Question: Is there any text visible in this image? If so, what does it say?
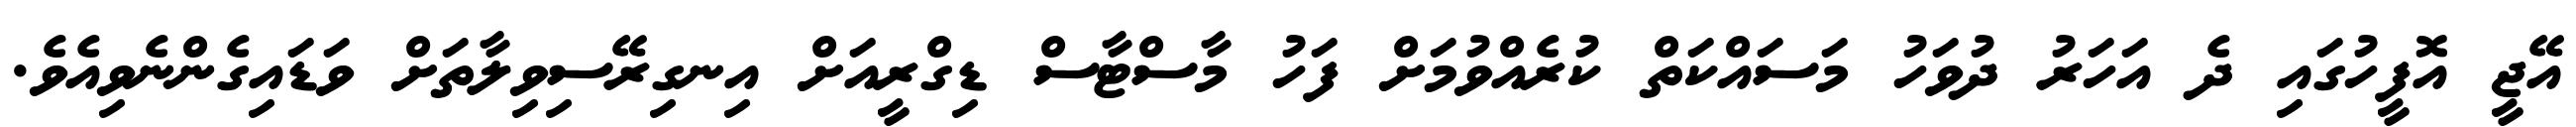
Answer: އޭޖީ އޮފީހުގައި ދެ އަހަރު ދުވަހު މަސައްކަތް ކުރެއްވުމަށް ފަހު މާސްޓާސް ޑިގްރީއަށް އިނގިރޭސިވިލާތަށް ވަޑައިގެންނެވިއެވެ.